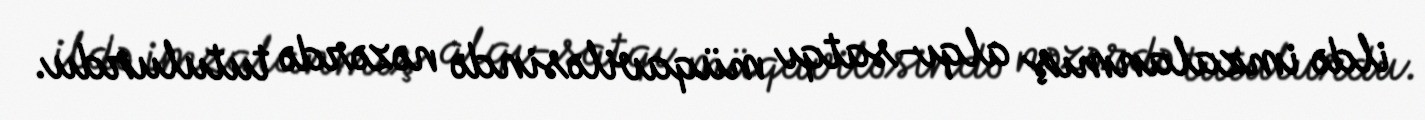
ildə imzalanmış alqı-satqı müqaviləsində nəzərdə tutulurdu.